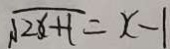
\sqrt { 2 x + 1 } = x - 1